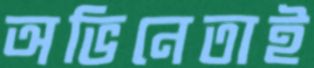
অভিনেতাই